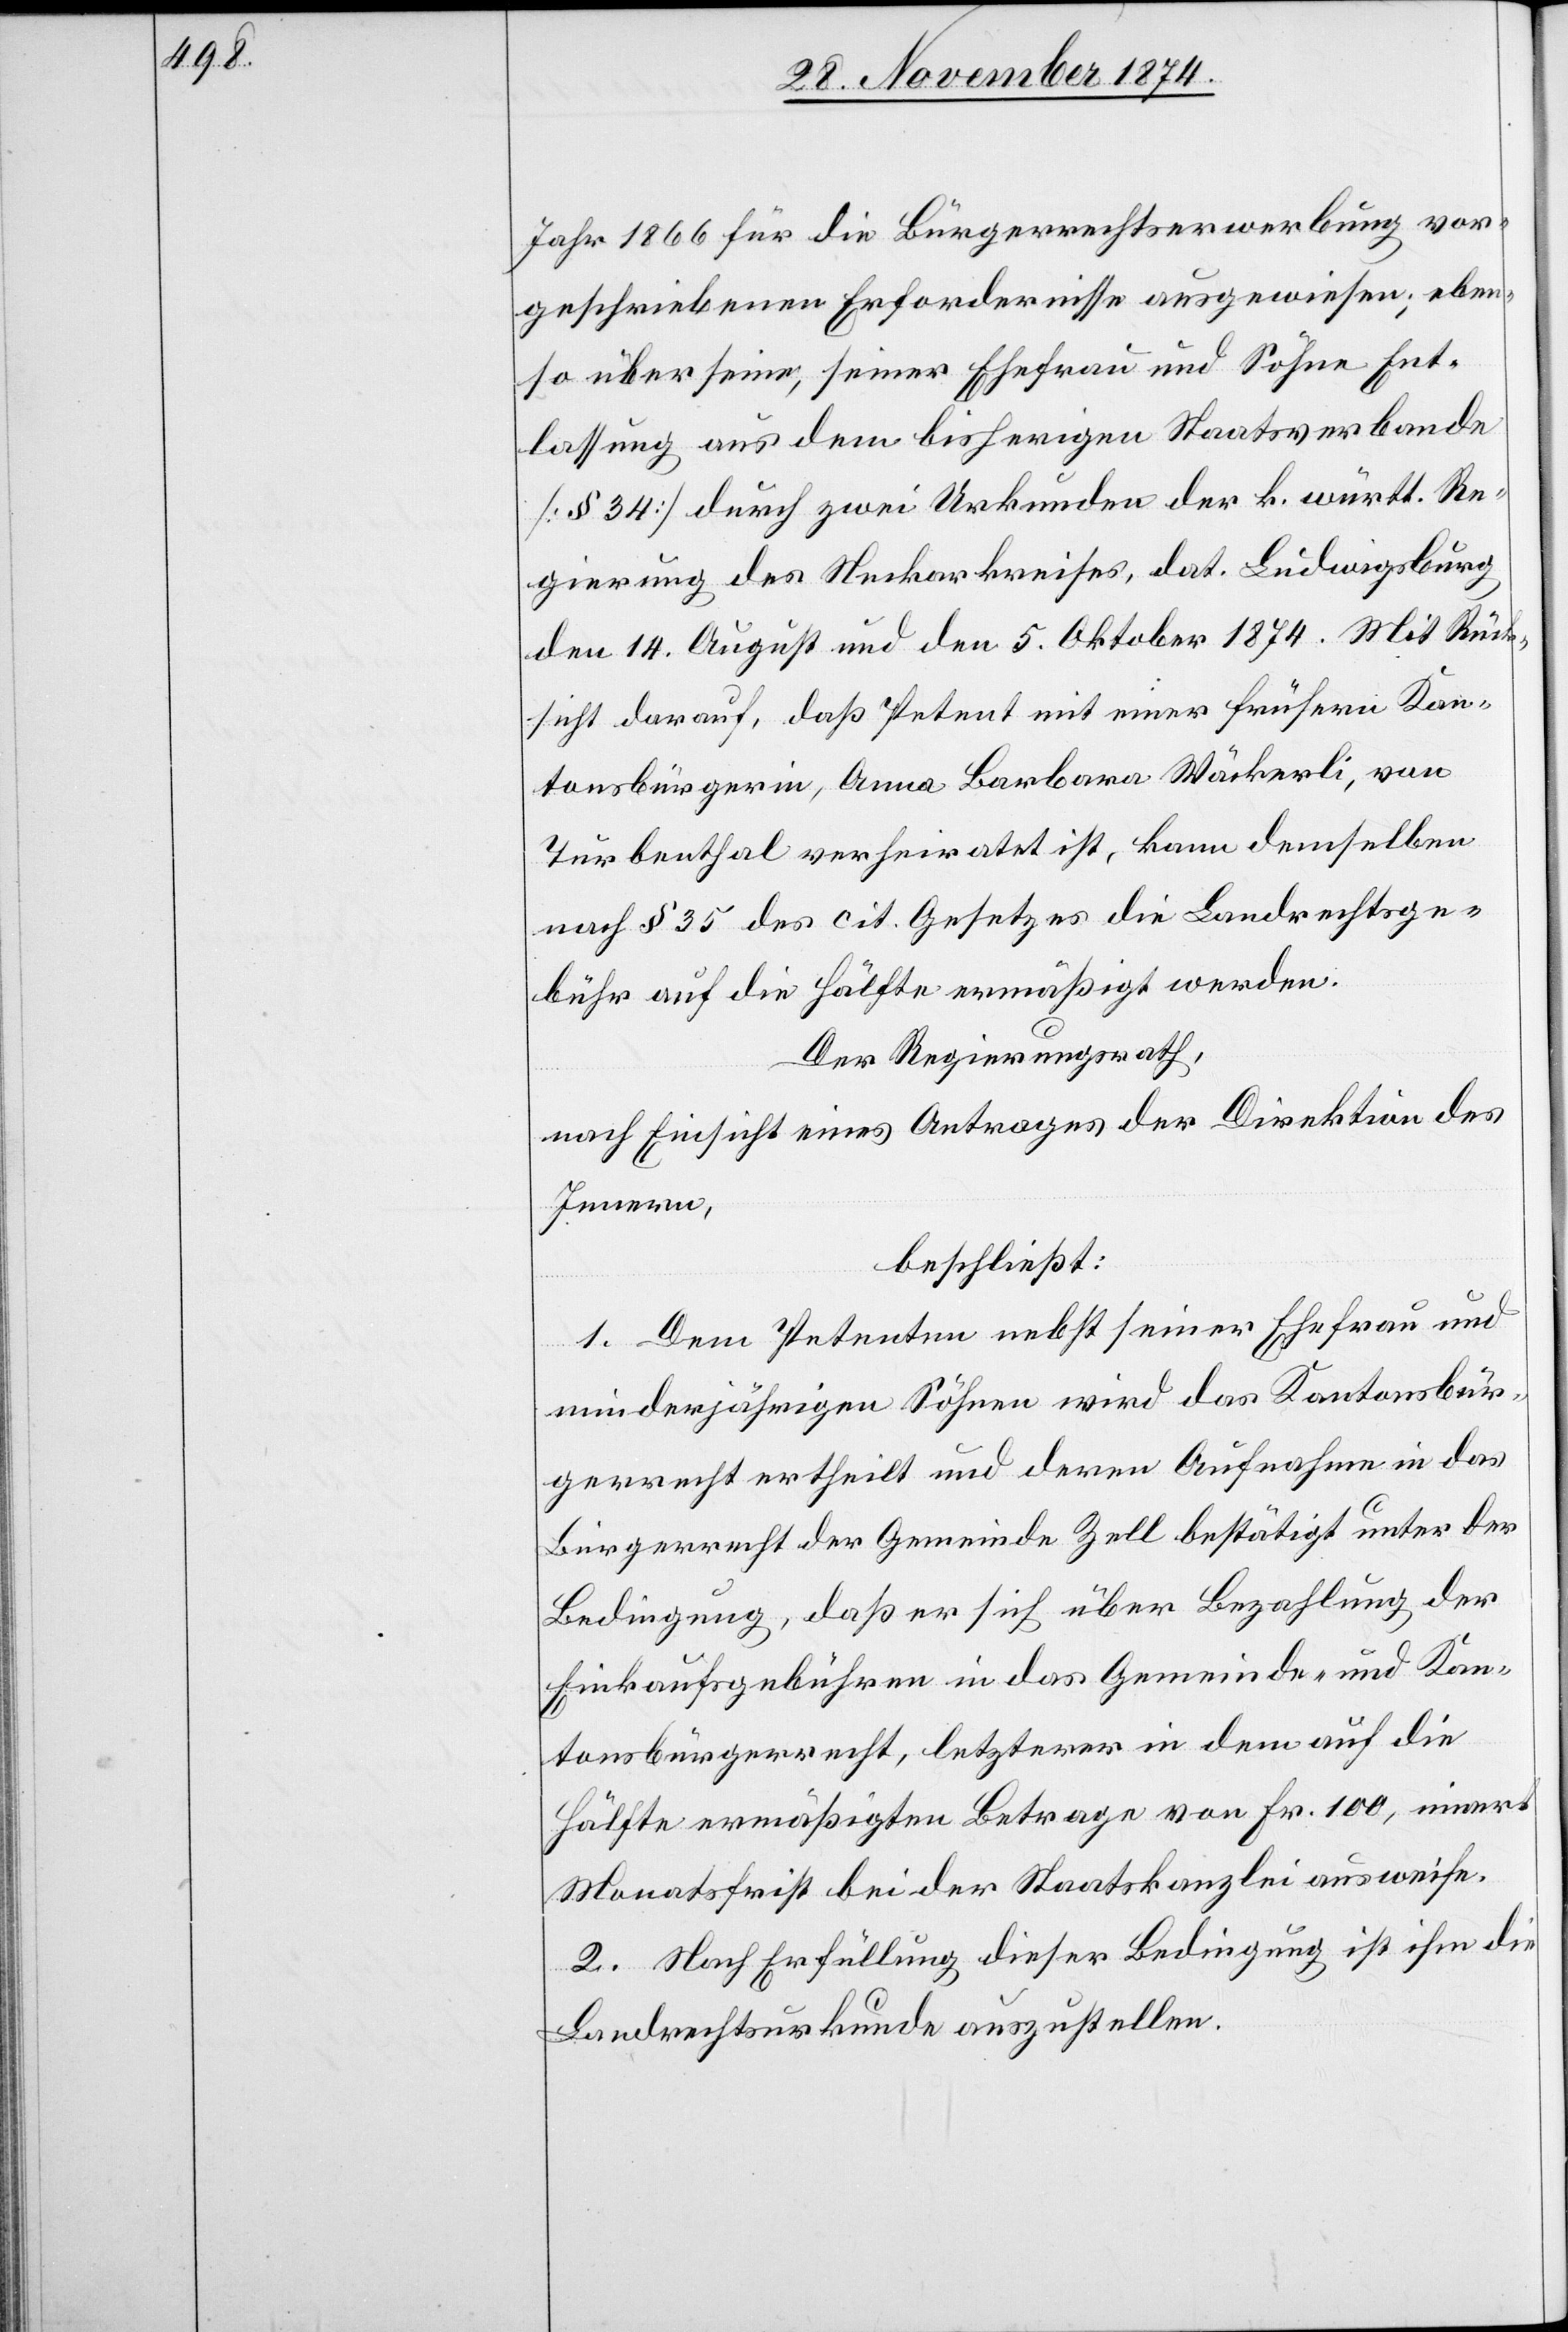
Jahr 1866 für die Bürgerrechtserwerbung vor¬
geschriebenen Erfordernisse ausgewiesen; eben¬
so über seine, seiner Ehefrau und Söhne Ent¬
lassung aus dem bisherigen Staatsverbande
[§ 34] durch zwei Urkunden der k. württ. Re¬
gierung des Neckarkreises, dat. Ludwigsburg
den 14. August und den 5. Oktober 1874. Mit Rück¬
sicht darauf, daß Petent mit einer frühern Kan¬
tonsbürgerin, Anna Barbara Wäckerli, von
Turbenthal verheiratet ist, kann demselben
nach § 35 des cit. Gesetzes die Landrechtsge¬
bühr auf die Hälfte ermäßigt werden.
Der Regierungsrath,
nach Einsicht eines Antrages der Direktion des
Innern,
beschließt:
1. Dem Petenten nebst seiner Ehefrau und
minderjährigen Söhnen wird das Kantonsbür¬
gerrecht ertheilt und deren Aufnahme in das
Bürgerrecht der Gemeinde Zell bestätigt unter der
Bedingung, daß er sich über Bezahlung der
Einkaufsgebühren in das Gemeinde- und Kan¬
tonsbürgerrecht, letzterer in dem auf die
Hälfte ermäßigten Betrage von Fr. 100, innert
Monatsfrist bei der Staatskanzlei ausweise.
2. Nach Erfüllung dieser Bedingung ist ihm die
Landrechtsurkunde auszustellen.